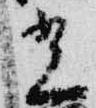
光